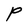
Character: P